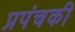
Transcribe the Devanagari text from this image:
प्रपंचकी